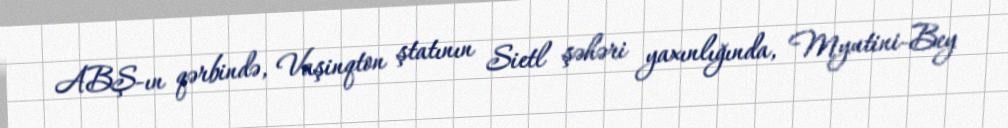
ABŞ-ın qərbində, Vaşinqton ştatının Sietl şəhəri yaxınlığında, Myutini-Bey